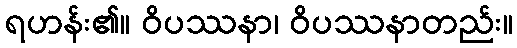
ရဟန်း၏။ ဝိပဿနာ၊ ဝိပဿနာတည်း။